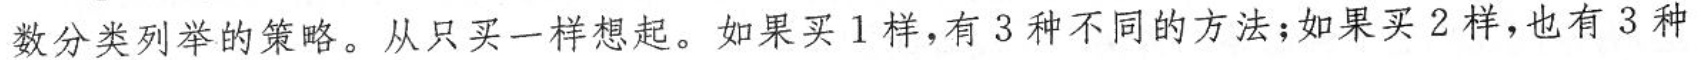
数分类列举的策略。从只买一样想起。如果买l样，有3种不同的方法；如果买2样，也有3种